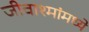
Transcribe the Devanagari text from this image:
जीवाश्मांमध्ये